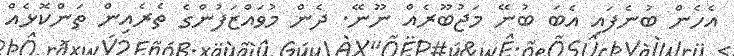
އެހެން ބުނެފައި އެބަ ބުނޭ މަޖުބޫރެއް ނޫނޭ. ދެން މުވައްޒަފުންގެ ތެރެއިން ތަންކޮޅެއް